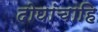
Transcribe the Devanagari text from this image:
दोघांचाहि